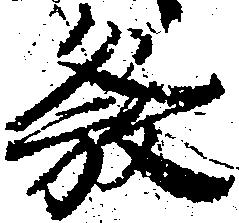
発